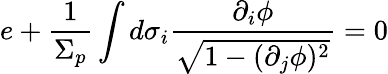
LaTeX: e+\frac{1}{\Sigma_{p}}\int d\sigma_{i}\frac{\partial_{i}\phi}{\sqrt{1-(\partial_{j}\phi)^{2}}}=0